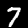
Digit: 7